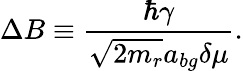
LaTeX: \Delta B\equiv\frac{\hbar\gamma}{\sqrt{2m_{r}}a_{bg}\delta\mu}.